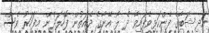
އަދި ޝަބާގެ ފެންކަޅިވެފައިވާ ދެ ލޯ އޭނާގެ ދެއަތުން ފޮހެލަދެން މިފަހަރު ވެސް